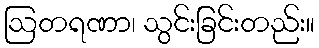
ဩတရဏာ၊ သွင်းခြင်းတည်း။